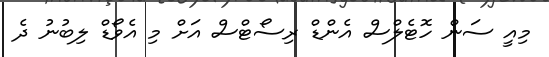
މިއީ ސަން ހޮޓެލްސް އެންޑް ރިސޯޓްސް އަށް މި އެވޯޑް ލިބުނު ދެ